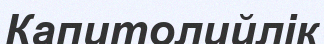
Капитолийлік